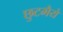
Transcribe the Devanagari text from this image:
छुटभैये